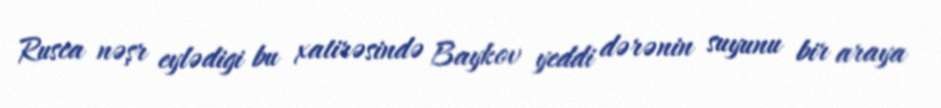
Rusca nəşr eylədigi bu xatirəsində Baykov yeddi dərənin suyunu bir araya